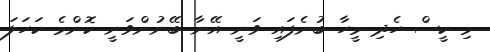
މި ކީސް ހެދި މީހާ ބުނެފައި ވަނީ އޭނާ ބޭނުންވަނީ ކޮންމެ ކަހަލަ